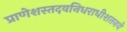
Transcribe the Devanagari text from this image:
प्राणेशस्तदवनिधराधीशतनये